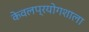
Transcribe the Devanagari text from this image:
केवलप्रयोगशाला